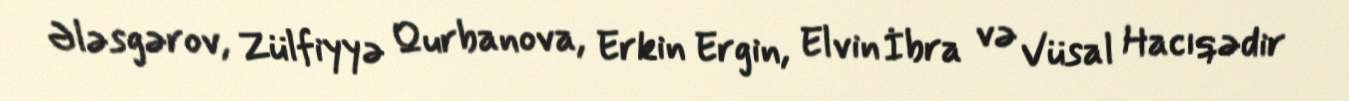
Ələsgərov, Zülfiyyə Qurbanova, Erkin Ergin, Elvin İbra və Vüsal Hacıqədir